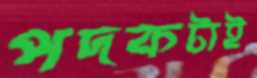
পদকটাই